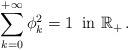
LaTeX: \begin{align*} \sum_{k=0}^{+\infty} \phi_k^2=1\,\mbox{ in } \mathbb R_+\,.\end{align*}